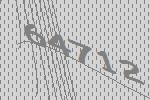
64712